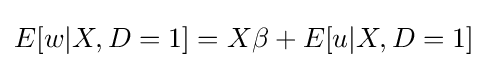
E[w|X,D=1]=X\beta +E[u|X,D=1]